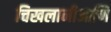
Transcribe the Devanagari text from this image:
चिखलानीआणि